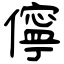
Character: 儜